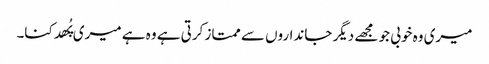
میری وہ خوبی جو مجھے دیگر جانداروں سے ممتاز کرتی ہے وہ ہے میری پُھدکنا۔